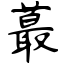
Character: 蕞